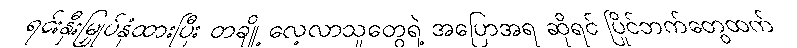
ရင်းနှီးမြှုပ်နှံထားပြီး တချို့ လေ့လာသူတွေရဲ့ အပြောအရ ဆိုရင် ပြိုင်ဘက်တွေထက်